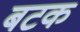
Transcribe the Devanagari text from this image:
बटक